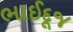
ભાઈદૂજ